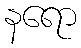
နရော